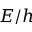
E / h